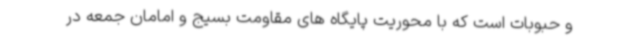
و حبوبات است که با محوریت پایگاه های مقاومت بسیج و امامان جمعه در